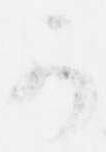
可